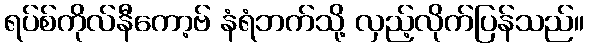
ရပ်စ်ကိုလ်နီကော့ဗ် နံရံဘက်သို့ လှည့်လိုက်ပြန်သည်။